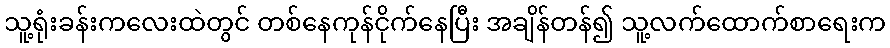
သူ့ရုံးခန်းကလေးထဲတွင် တစ်နေကုန်ငိုက်နေပြီး အချိန်တန်၍ သူ့လက်ထောက်စာရေးက